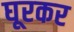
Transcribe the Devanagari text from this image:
घूरकर